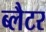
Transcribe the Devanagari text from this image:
ब्लैटर